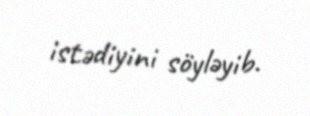
istədiyini söyləyib.